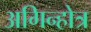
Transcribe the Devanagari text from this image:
अगिन्होत्र